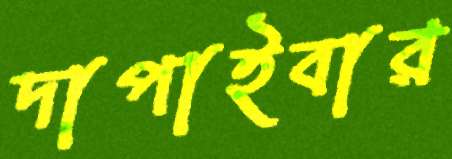
দাপাইবার